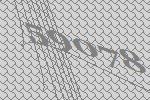
59078